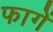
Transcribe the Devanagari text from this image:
फागें